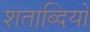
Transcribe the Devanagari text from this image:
शताब्‍दियों